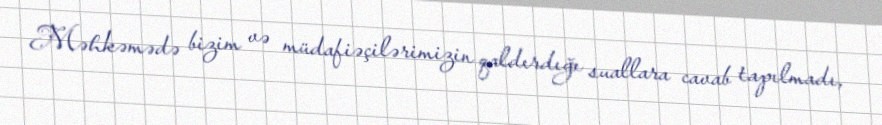
Məhkəmədə bizim və müdafiəçilərimizin qaldırdığı suallara cavab tapılmadı,